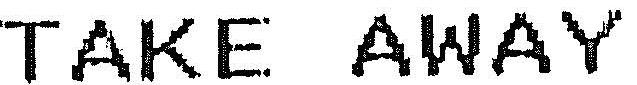
TAKE AWAY